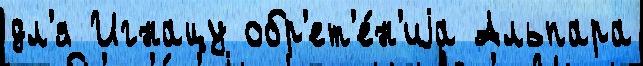
дл'я Игнацу обр'ет'е́н'иjа Альпара